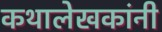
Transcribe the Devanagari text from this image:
कथालेखकांनी